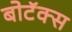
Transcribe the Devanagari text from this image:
बोटॅक्स